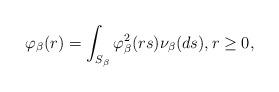
LaTeX: \begin{align*}\varphi_\beta(r) = \int_{S_\beta}\varphi_\beta^2(rs)\nu_{\beta}(ds), r \ge 0,\end{align*}